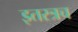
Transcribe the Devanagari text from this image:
इतरत्रच